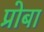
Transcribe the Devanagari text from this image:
प्रोबा